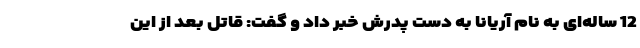
12 ساله‌ای به نام آریانا به دست پدرش خبر داد و گفت: قاتل بعد از این